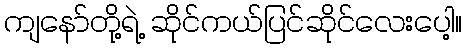
ကျနော်တို့ရဲ့ ဆိုင်ကယ်ပြင်ဆိုင်လေးပေါ့။